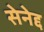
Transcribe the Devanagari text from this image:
सेनेद्द